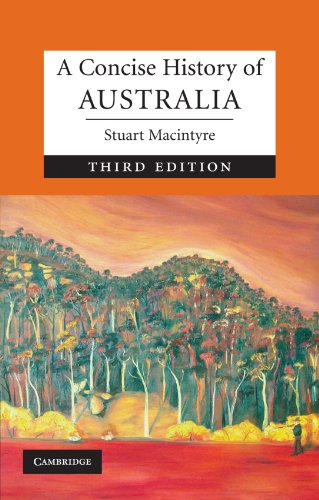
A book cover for A Concise History of Australia (Cambridge Concise Histories); Professor Stuart Macintyre; History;